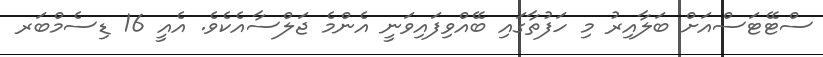
ސްޓޭޓަސްއަށް ބަލާއިރު މި ހަފުތާގައި ބޭއްވިފައިވަނީ އެންމެ ޖަލްސާއެކެވެ. އެއީ 16 ޑިސެމްބަރ